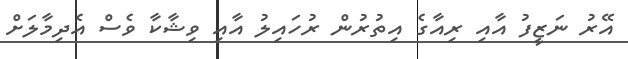
އޭރު ނަޒީފު އާއި ރިއާގެ އިތުރުން ރުހައިލު އާއި ވިޝާކާ ވެސް އެދިމާލަށް